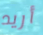
أريد